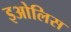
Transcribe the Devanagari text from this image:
इओलिस